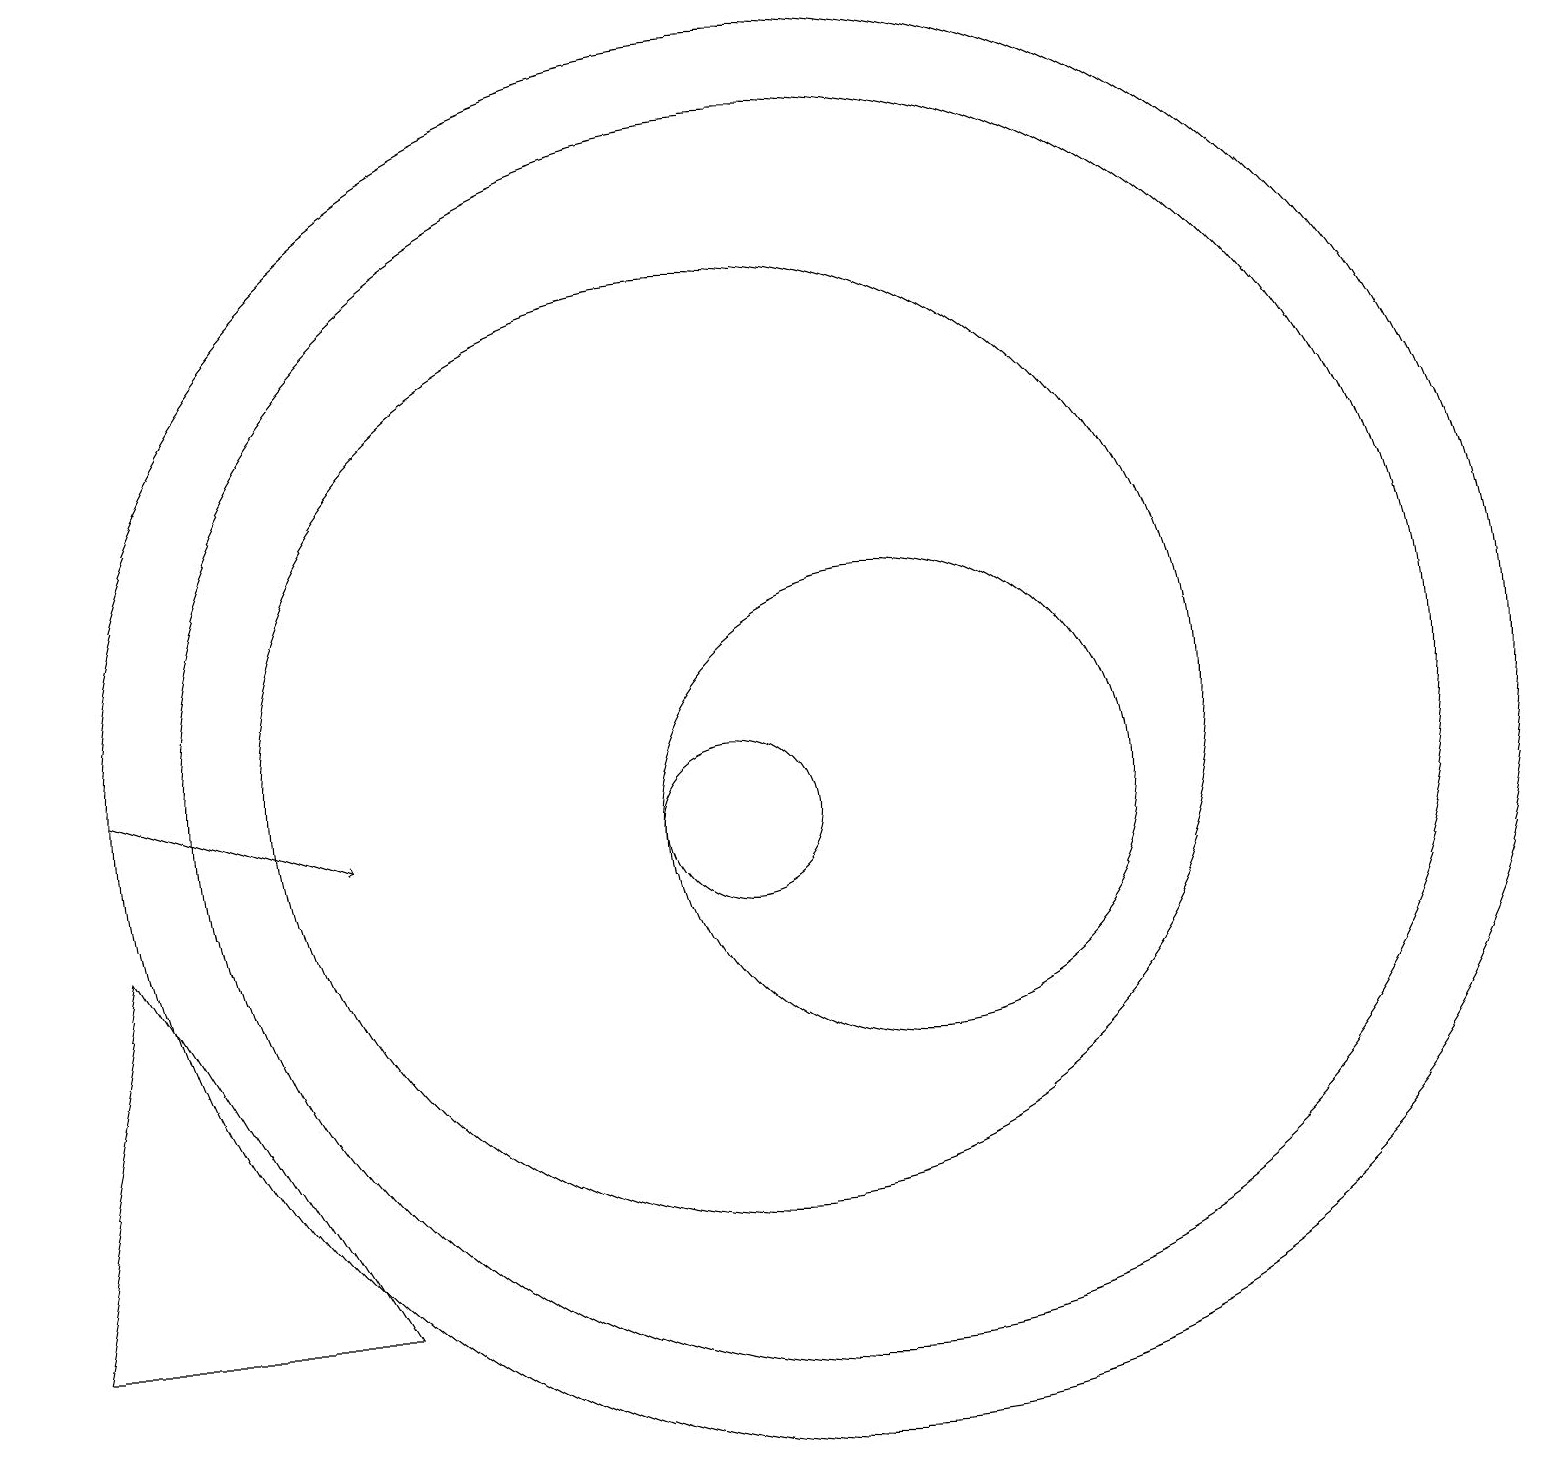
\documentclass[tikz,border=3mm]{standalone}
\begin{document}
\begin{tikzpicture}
\draw (1,4) -- (5,4) -- (2,9) -- cycle;
\draw (10,11) circle (6);
\draw (10,10) circle (1);
\draw (11,11) circle (8);
\draw[->] (2,11) -- (5,10);
\draw (12,10) circle (3);
\draw (11,11) circle (9);
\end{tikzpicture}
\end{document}